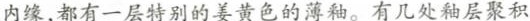
内缘，都有一层特别的姜黄色的薄釉。有几处釉层聚积